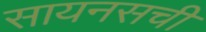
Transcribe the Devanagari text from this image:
सायनसची